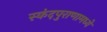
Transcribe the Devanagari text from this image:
स्कंदपुराणामध्ये